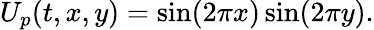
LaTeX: U_{p}(t,x,y)=\sin(2\pi x)\sin(2\pi y).